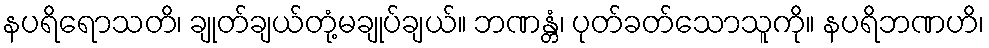
နပရိရောသတိ၊ ချုတ်ချယ်တုံ့မချုပ်ချယ်။ ဘဏန္တံ၊ ပုတ်ခတ်သောသူကို။ နပရိဘဏဟိ၊